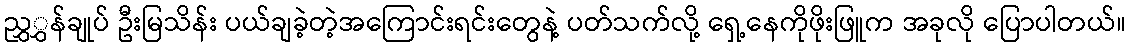
ညွှွှန်ချုပ် ဦးမြသိန်း ပယ်ချခဲ့တဲ့အကြောင်းရင်းတွေနဲ့ ပတ်သက်လို့ ရှေ့နေကိုဖိုးဖြူက အခုလို ပြောပါတယ်။